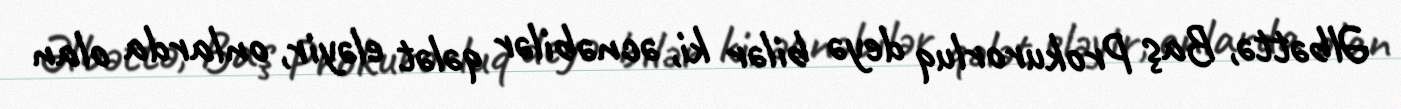
Əlbəttə, Baş Prokurorluq deyə bilər ki, əcnəbilər qələt eləyir, onlarda olan